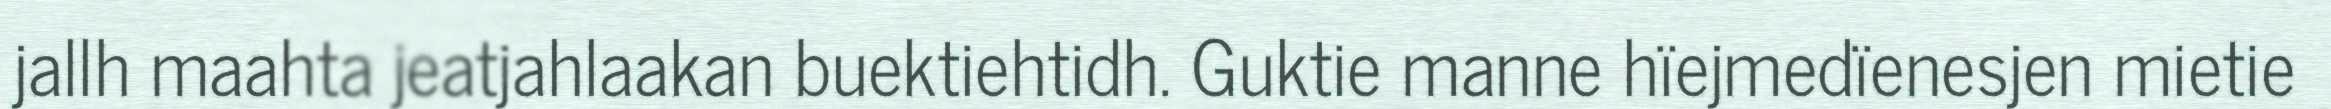
jallh maahta jeatjahlaakan buektiehtidh. Guktie manne hïejmedïenesjen mietie